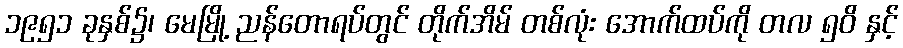
၁၉၅၁ ခုနှစ်၌၊ မေမြို့ ညန်တောရပ်တွင် တိုက်အိမ် တစ်လုံး အောက်ထပ်ကို တလ ၅၀ိ နှင့်